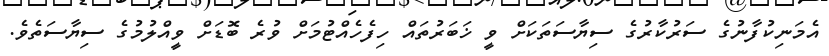
އެމަނިކުފާނުގެ ސަރުކާރުގެ ސިޔާސަތަކަށް ވީ ޚަބަރުތައް ހިފެހެއްޓުމަށް ވުރެ ބޮޑަށް ވީއްލުމުގެ ސިޔާސަތެވެ.